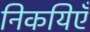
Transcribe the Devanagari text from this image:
निकयिएँ